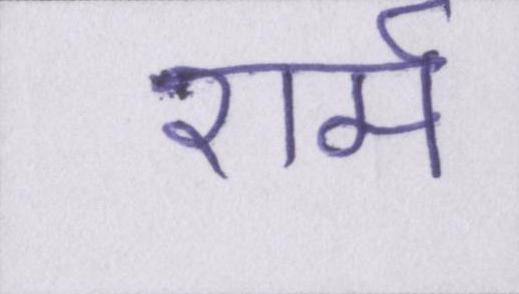
शर्म